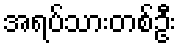
အရပ်သားတစ်ဦး